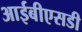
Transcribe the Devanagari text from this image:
आईबीएसडी